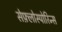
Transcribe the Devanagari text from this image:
सेफ़्लोस्पोरिन्स